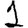
Digit: 1